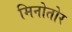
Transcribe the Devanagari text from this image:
मिनोतोर